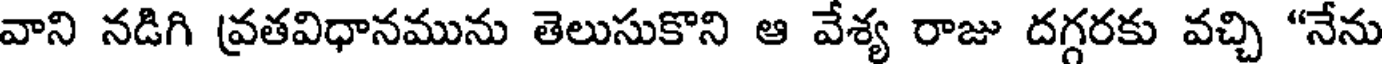
వాని నడిగి వ్రతవిధానమును తెలుసుకొని ఆ వేశ్య రాజు దగ్గరకు వచ్చి "నేను